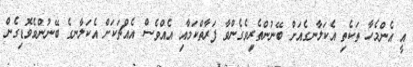
އީ އެންމެހާ ތަކެތި އެކަލާނގެއަށް ބޭނުންތެރިވެގެންވާ ފަރާތްކަމާއި އެއްވެސް އެއްޗަކަށް އެކަލާނގެ ބޭނުންވެވޮޑިގެން